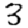
Digit: 3